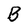
Character: B